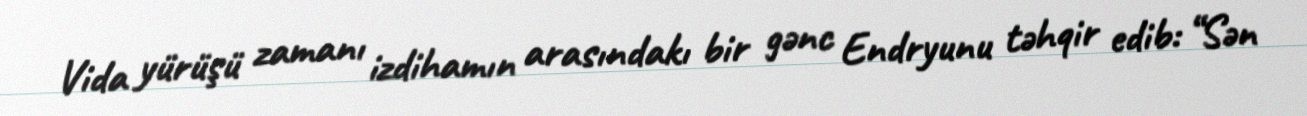
Vida yürüşü zamanı izdihamın arasındakı bir gənc Endryunu təhqir edib: “Sən